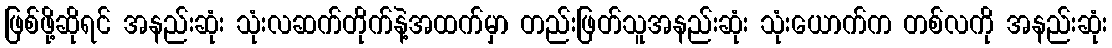
ဖြစ်ဖို့ဆိုရင် အနည်းဆုံး သုံးလဆက်တိုက်နဲ့အထက်မှာ တည်းဖြတ်သူအနည်းဆုံး သုံးယောက်က တစ်လကို အနည်းဆုံး